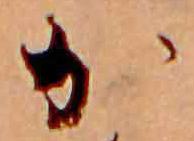
か